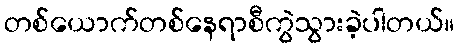
တစ်ယောက်တစ်နေရာစီကွဲသွားခဲ့ပါတယ်။